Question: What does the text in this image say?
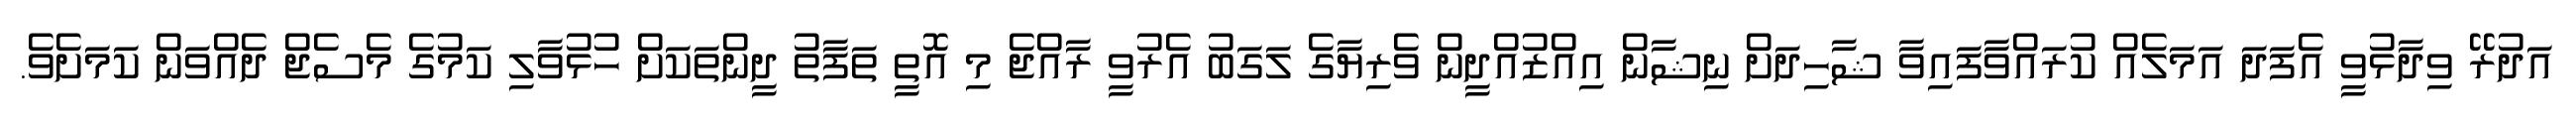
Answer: އަދުރޭ ވިދާޅުވީ އެފަދަ އަމަލެއް ކުރައްވާފައިވާ ޝާހިދަށް ނިޝާން އިއްޒުއްދީން ވެރިޔާގެ ލަގަބު އެރުވީ ރާއްޖެ މި އޮތީ ތަފާތު ދީންތަކަށް ހުޅުވާލި ކަމުގެ މެސެޖް ދެއްވަން ކަމަށެވެ.